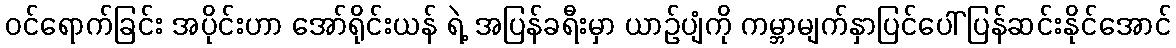
ဝင်ရောက်ခြင်း အပိုင်းဟာ အော်ရိုင်းယန် ရဲ့ အပြန်ခရီးမှာ ယာဉ်ပျံကို ကမ္ဘာမျက်နှာပြင်ပေါ် ပြန်ဆင်းနိုင်အောင်